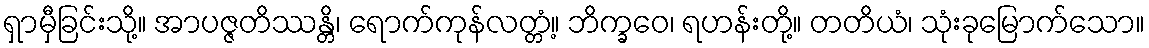
ရှာမှီခြင်းသို့။ အာပဇ္ဇတိဿန္တိ၊ ရောက်ကုန်လတ္တံ့။ ဘိက္ခဝေ၊ ရဟန်းတို့။ တတိယံ၊ သုံးခုမြောက်သော။